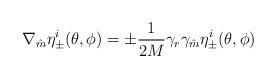
LaTeX: \begin{align*}\nabla_{\hat m} \eta_{\pm}^i(\theta,\phi) =\pm\frac{1}{2M}\gamma_r\gamma_{\hat m} \eta_{\pm}^i (\theta,\phi)\end{align*}